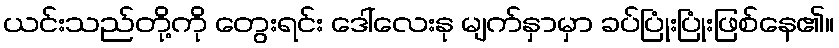
ယင်းသည်တို့ကို တွေးရင်း ဒေါ်လေးနု မျက်နှာမှာ ခပ်ပြုံးပြုံးဖြစ်နေ၏။